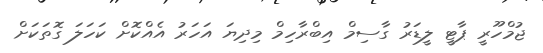
ޖުމްހޫރީ ޕާޓީ ލީޑަރު ގާސިމް އިބްރާހިމް މިދިޔަ އަހަރު އެއްކޮށް ކަހަލަ ގޮތަކަށް